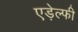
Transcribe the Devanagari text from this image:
एड़ेल्फी